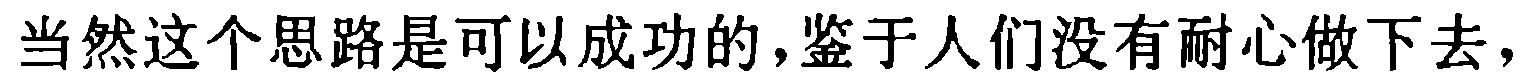
当然这个思路是可以成功的,鉴于人们没有耐心做下去，